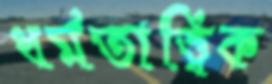
ধর্মতাত্ত্বিক